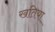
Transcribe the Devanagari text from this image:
खतिया